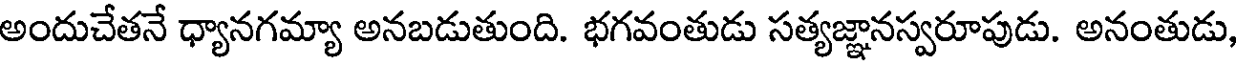
అందుచేతనే ధ్యానగమ్యా అనబడుతుంది. భగవంతుడు సత్యజ్ఞానస్వరూపుడు. అనంతుడు,